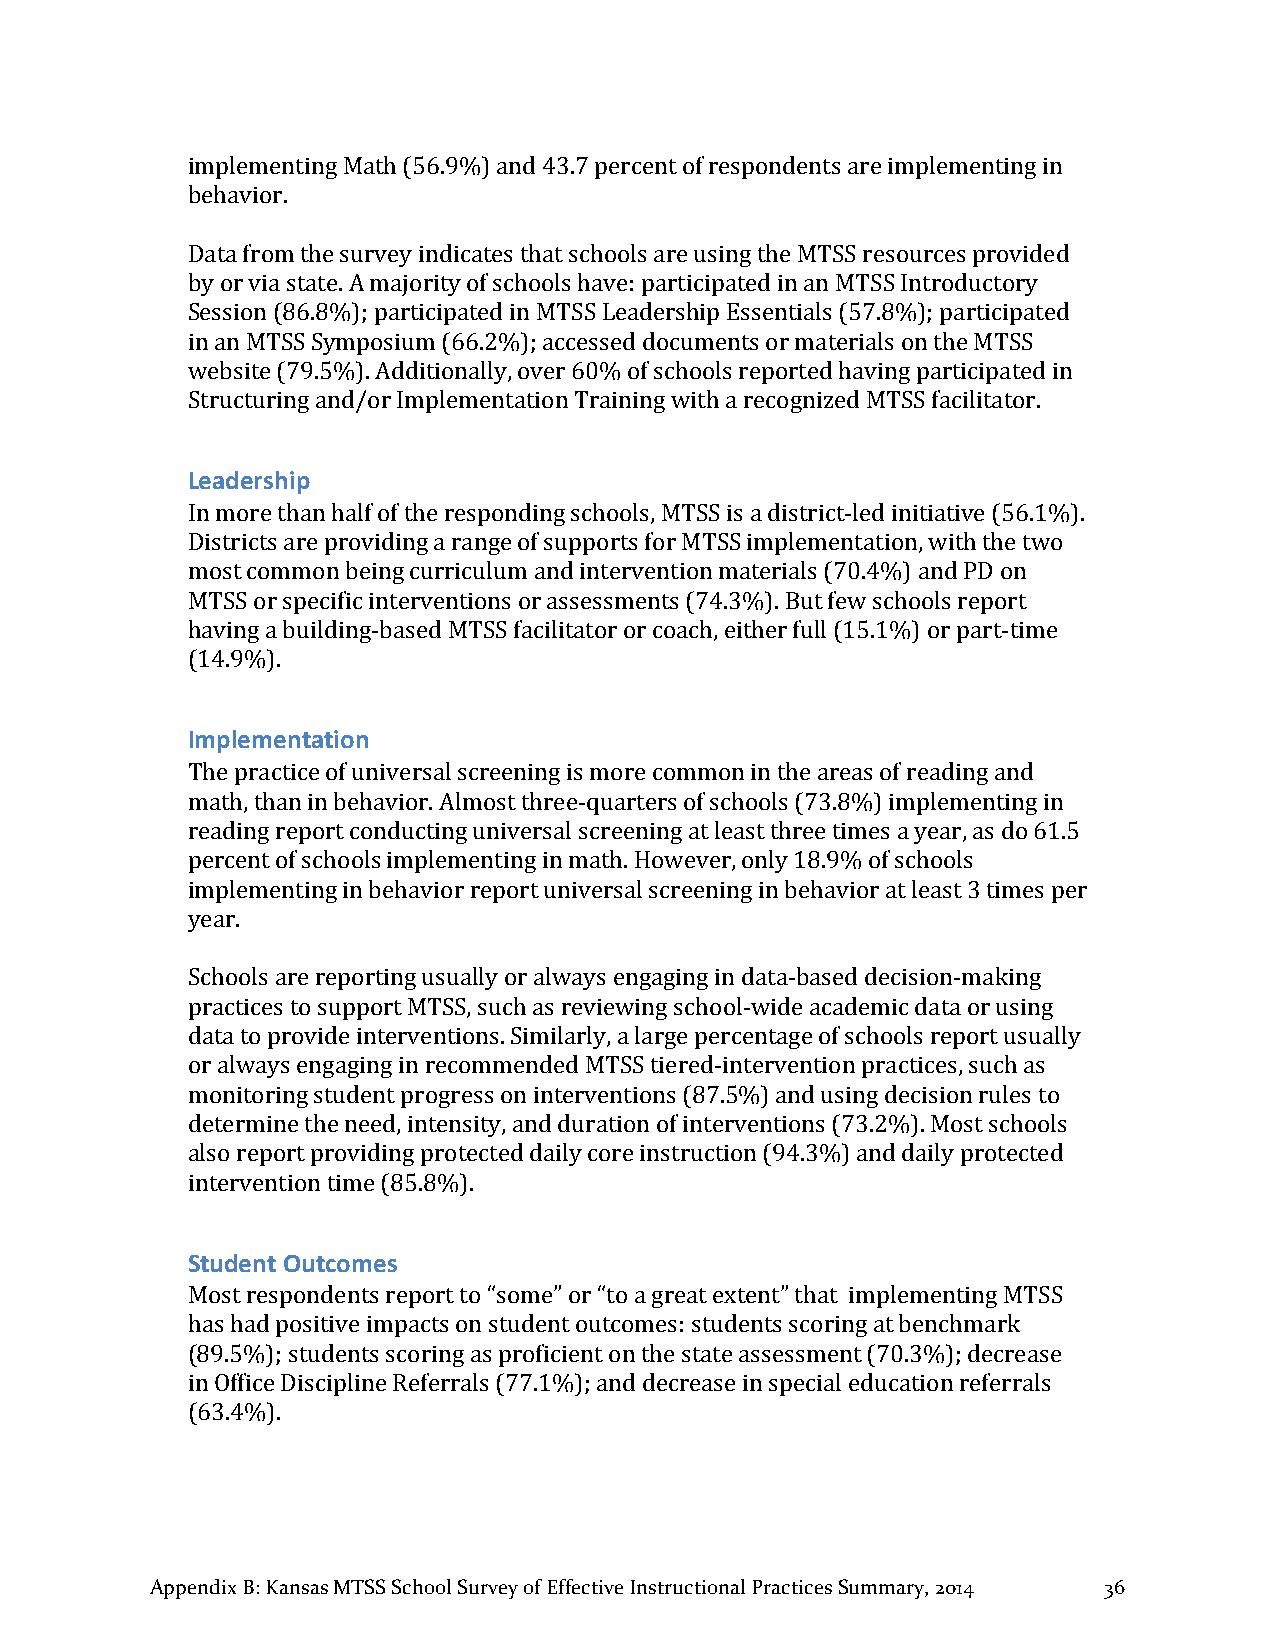
implementing Math (56.9%) and 43.7 percent of respondents are implementing in
 behavior.
 Data from the survey indicates that schools are using the MTSS resources provided
 by or via state. A majority of schools have: participated in an MTSS Introductory
 Session (86.8%); participated in MTSS Leadership Essentials (57.8%); participated
 in an MTSS Symposium (66.2%); accessed documents or materials on the MTSS
 website (79.5%). Additionally, over 60% of schools reported having participated in
 Structuring and/or Implementation Training with a recognized MTSS facilitator.
 Leadership
 In more than half of the responding schools, MTSS is a district-­‐led initiative (56.1%).
 Districts are providing a range of supports for MTSS implementation, with the two
 most common being curriculum and intervention materials (70.4%) and PD on
 MTSS or specific interventions or assessments (74.3%). But few schools report
 having a building-­‐based MTSS facilitator or coach, either full (15.1%) or part-­‐time
 (14.9%).
 Implementation
 The practice of universal screening is more common in the areas of reading and
 math, than in behavior. Almost three-­‐quarters of schools (73.8%) implementing in
 reading report conducting universal screening at least three times a year, as do 61.5
 percent of schools implementing in math. However, only 18.9% of schools
 implementing in behavior report universal screening in behavior at least 3 times per
 year.
 Schools are reporting usually or always engaging in data-­‐based decision-­‐making
 practices to support MTSS, such as reviewing school-­‐wide academic data or using
 data to provide interventions. Similarly, a large percentage of schools report usually
 or always engaging in recommended MTSS tiered-­‐intervention practices, such as
 monitoring student progress on interventions (87.5%) and using decision rules to
 determine the need, intensity, and duration of interventions (73.2%). Most schools
 also report providing protected daily core instruction (94.3%) and daily protected
 intervention time (85.8%).
 Student Outcomes
 Most respondents report to “some” or “to a great extent” that implementing MTSS
 has had positive impacts on student outcomes: students scoring at benchmark
 (89.5%); students scoring as proficient on the state assessment (70.3%); decrease
 in Office Discipline Referrals (77.1%); and decrease in special education referrals
 (63.4%).
 Appendix B: Kansas MTSS School Survey of Effective Instructional Practices Summary, 2014 36